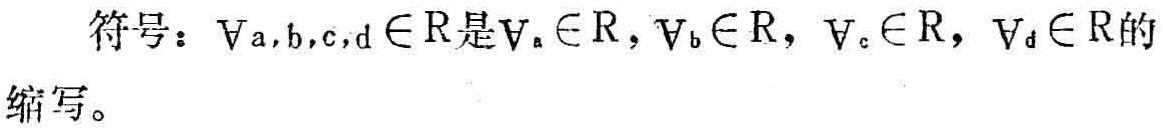
符号：$\forall a,b,c,d\in\mathbb{R}$是$\forall_{a}\in\mathbb{R},\forall_{b}\in\mathbb{R},\forall_{c}\in\mathbb{R},\forall_{d}\in\mathbb{R}$的缩写。